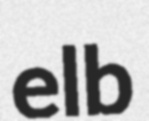
elb